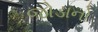
જોડાનો